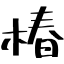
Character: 椿